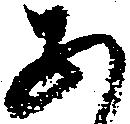
あ